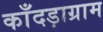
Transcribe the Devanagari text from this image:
काँदड़ाग्राम